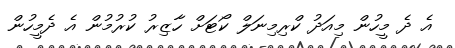
އެ ދެ މީހުން މިއަދު ކްރިމިނަލް ކޯޓަށް ހާޒިރު ކުރުމުން އެ ދެމީހުން